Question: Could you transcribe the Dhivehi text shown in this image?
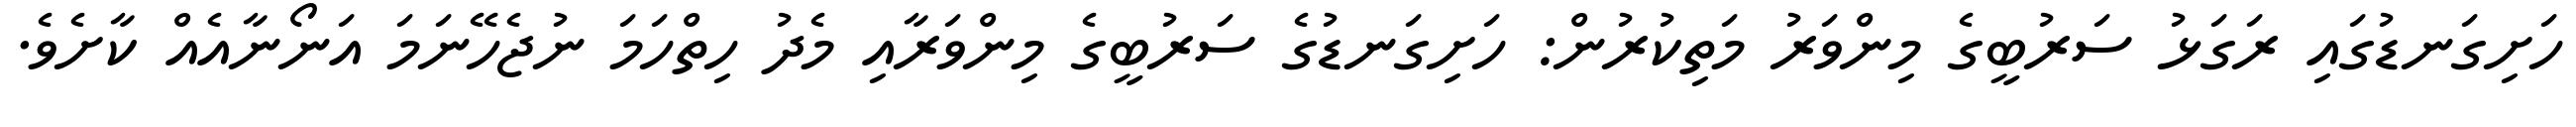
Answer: ހަށިގަނޑުގައި ރަގަޅު ސަރުބީގެ މިންވަރު މަތިކުރުން: ހަށިގަނޑުގެ ސަރުބީގެ މިންވަރާއި މެދު ހިތްހަމަ ނުޖެހޭނަމަ އަނޯނާއެއް ކާށެވެ.